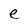
Character: e